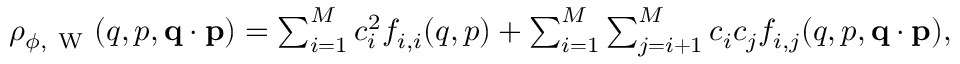
\begin{array} { r } { \rho _ { \phi , \mathrm { ~ W ~ } } ( q , p , \ensuremath { \mathbf { q } } \cdot \ensuremath { \mathbf { p } } ) = \sum _ { i = 1 } ^ { M } c _ { i } ^ { 2 } f _ { i , i } ( q , p ) + \sum _ { i = 1 } ^ { M } \sum _ { j = i + 1 } ^ { M } c _ { i } c _ { j } f _ { i , j } ( q , p , \ensuremath { \mathbf { q } } \cdot \ensuremath { \mathbf { p } } ) , } \end{array}